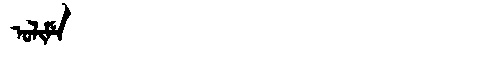
Manchu: ᠣᠯᡳᠮᡝ
Romanization: OLIME